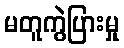
မတူကွဲပြားမှု